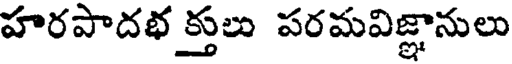
హరపాదభ క్తులు పరమవిజ్ఞానులు